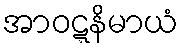
အာဝဋ္ဋနိမာယံ